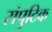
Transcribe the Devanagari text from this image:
संपुटिक